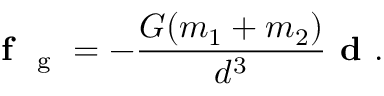
\textbf { f } _ { \mathrm { ~ g ~ } } = - \frac { G ( m _ { 1 } + m _ { 2 } ) } { d ^ { 3 } } \textbf { d } .